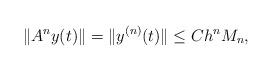
LaTeX: \begin{align*}\|A^ny(t)\| = \|y^{(n)}(t)\| \le C h^n M_n,\end{align*}